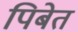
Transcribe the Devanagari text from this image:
पिबेत